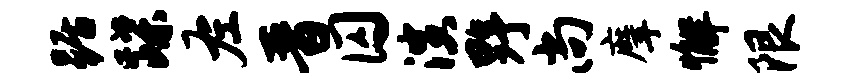
踞蹀左晋囚演野尚摩懈限